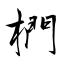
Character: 椚